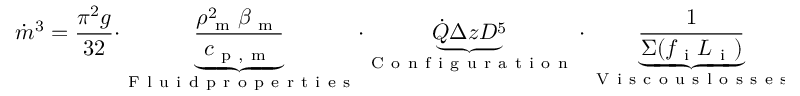
\dot { m } ^ { 3 } = \frac { \pi ^ { 2 } g } { 3 2 } \cdot { \underbrace { \frac { \rho _ { \mathrm { ~ m ~ } } ^ { 2 } \beta _ { \mathrm { ~ m ~ } } } { c _ { \mathrm { ~ p ~ , ~ m ~ } } } } _ { \mathrm { ~ F ~ l ~ u ~ i ~ d ~ p ~ r ~ o ~ p ~ e ~ r ~ t ~ i ~ e ~ s ~ } } } \cdot \underbrace { \dot { Q } \Delta z D ^ { 5 } } _ { \mathrm { ~ C ~ o ~ n ~ f ~ i ~ g ~ u ~ r ~ a ~ t ~ i ~ o ~ n ~ } } \cdot \underbrace { \frac { 1 } { \Sigma ( f _ { \mathrm { ~ i ~ } } L _ { \mathrm { ~ i ~ } } ) } } _ { \mathrm { ~ V ~ i ~ s ~ c ~ o ~ u ~ s ~ l ~ o ~ s ~ s ~ e ~ s ~ } } .